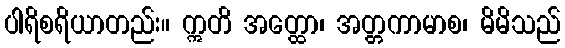
ပါရိစရိယာတည်း။ ဣတိ အတ္ထော၊ အတ္တကာမာစ၊ မိမိသည်